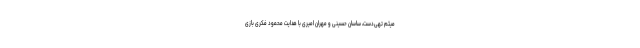
میثم تهی‌دست، ساسان حسینی و مهران امیری با هدایت محمود فکری بازی